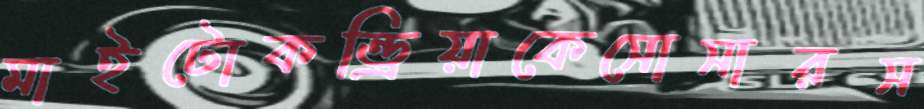
মাইটোকন্ড্রিয়াকেসোসারস